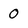
Character: 0